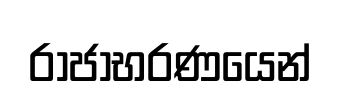
රාජාභරණයෙන්